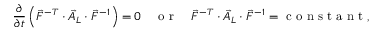
\frac { \partial } { \partial t } \left( \vec { F } ^ { - T } \cdot \vec { A } _ { L } \cdot \vec { F } ^ { - 1 } \right) = \boldsymbol { 0 } \quad \mathrm { ~ o ~ r ~ } \quad \vec { F } ^ { - T } \cdot \vec { A } _ { L } \cdot \vec { F } ^ { - 1 } = \mathrm { ~ c ~ o ~ n ~ s ~ t ~ a ~ n ~ t ~ } ,